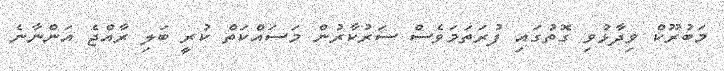
މަބުރޫކް ވިދާޅުވި ގޮތުގައި ފުރަަތަމަވެސް ސަރުކާރުން މަސައްކަތް ކުރީ ބަލި ރާއްޖެ އަންނާނެ